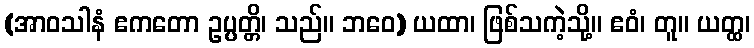
(အာဝသါနံ ဧကတော ဥပ္ပတ္တိ၊ သည်။ ဘဝေ) ယထာ၊ ဖြစ်သကဲ့သို့။ ဧဝံ၊ တူ။ ယတ္ထ၊